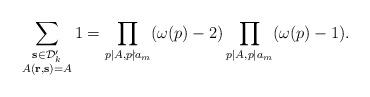
LaTeX: \begin{align*}\sum_{\substack{\mathbf{s}\in\mathcal{D}'_k\\ A(\mathbf{r},\mathbf{s})=A}}1=\prod_{p|A,p\nmid a_m}(\omega(p)-2)\prod_{p|A,p|a_m}(\omega(p)-1).\end{align*}